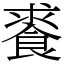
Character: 𩛰